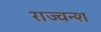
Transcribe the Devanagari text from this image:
राज्वन्श